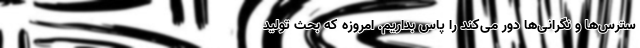
سترس‌ها و نگرانی‌ها دور می‌کند را پاس بداریم. امروزه که بحث تولید